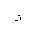
Letter: _thal